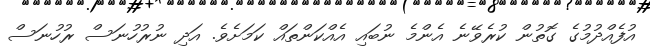
އުފެއްދުމުގެ ގޮތުން ކުރެވޭނެ އެންމެ ނުބައި އެއްކަންތައް ކަމަށެވެ. އަދި ނުރުހުނަސް ރުހުނަސް